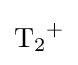
{\mathrm {T} {\vphantom {A}}_{\smash[{t}]{2}}{\vphantom {A}}^{+}}